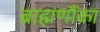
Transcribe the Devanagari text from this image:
ब्राह्मणौंका